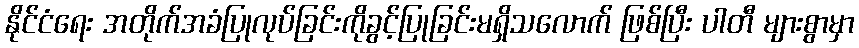
နိုင်ငံရေး အတိုက်အခံပြုလုပ်ခြင်းကိုခွင့်ပြုခြင်းမရှိသလောက် ဖြစ်ပြီး ပါတီ များစွာမှာ